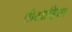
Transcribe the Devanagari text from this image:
तीव्रग्रहिता